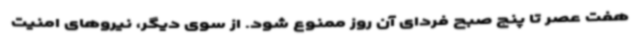
هفت عصر تا پنج صبح فردای آن روز ممنوع شود. از سوی دیگر، نیروهای امنیت